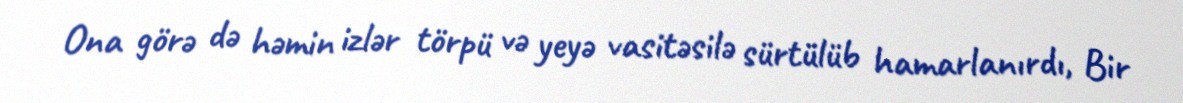
Ona görə də həmin izlər törpü və yeyə vasitəsilə sürtülüb hamarlanırdı, Bir